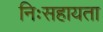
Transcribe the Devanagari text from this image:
निःसहायता